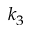
k _ { 3 }